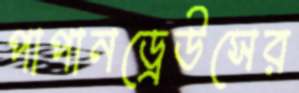
পাপানড্রেউসের